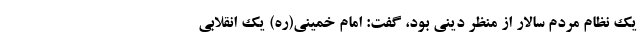
یک نظام مردم سالار از منظر دینی بود، گفت: امام خمینی(ره) یک انقلابی